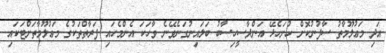
އަދި މަޢުލޫމާތު ސާފުނުކޮށް ހުށަހެޅޭ އަންދާސީހިސާބު ބަލައިނުގަނެވޭނެ ވާހަކަ އެންމެހައި ފަރާތްތަކުގެ މަޢުލޫމާތަށްޓަކައި